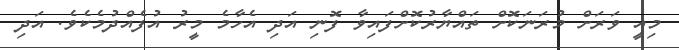
މިއީ ވަރަށް މުރަނަކޮށް ތައްޔާރުކޮށްފައިވާ ފޮނި އަދި އެހާމެ މީރު އުފެެއްދުމެކެވެ. އަދި